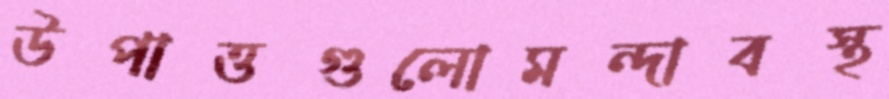
উপাত্তগুলোমন্দাবস্থ